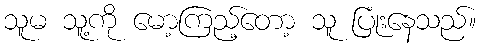
သူမ သူ့ကို မော့ကြည့်တော့ သူ ပြုံးနေသည်။